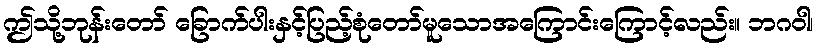
ဤသို့ဘုန်းတော် ခြောက်ပါးနှင့်ပြည့်စုံတော်မူသောအကြောင်းကြောင့်လည်း။ ဘဂဝါ၊